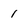
Character: 1